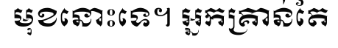
មុខនោះទេ។ អ្នកគ្រាន់តែ